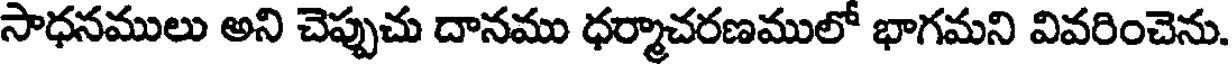
సాధనములు అని చెప్పుచు దానము ధర్మాచరణములో భాగమని వివరించెను.